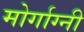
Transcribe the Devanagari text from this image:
मोर्गाग्नी